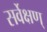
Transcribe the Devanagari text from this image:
सर्वेक्षण्